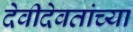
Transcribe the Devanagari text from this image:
देवीदेवतांच्या